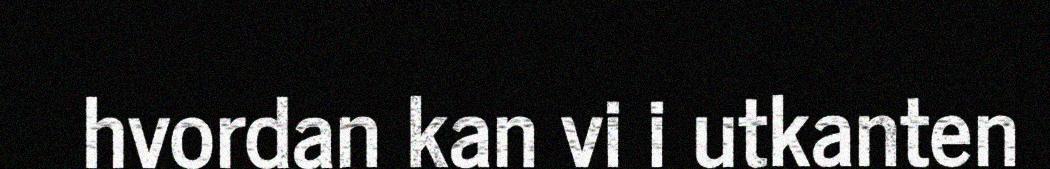
hvordan kan vi i utkanten